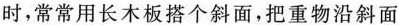
时，常常用长木板搭个斜面，把重物沿斜面